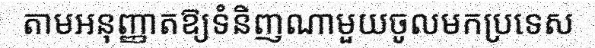
តាមអនុញ្ញាតឱ្យទំនិញណាមួយចូលមកប្រទេស